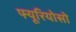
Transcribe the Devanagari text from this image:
फ्यूरियोसो